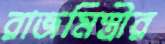
রাজমিস্ত্রীর